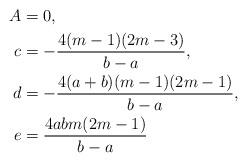
LaTeX: \begin{align*}A&=0,\\c&=-\frac{4(m-1)(2m-3)}{b-a},\\d&=-\frac{4(a+b)(m-1)(2m-1)}{b-a},\\e&=\frac{4abm(2m-1)}{b-a}\end{align*}